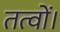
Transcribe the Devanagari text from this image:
तत्वों।